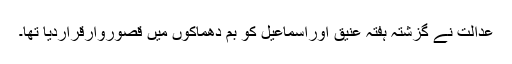
عدالت نے گزشتہ ہفتہ عنیق اوراسماعیل کو بم دھماکوں میں قصوروارقراردیا تھا۔